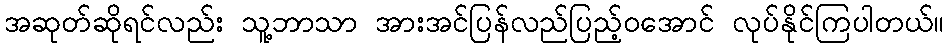
အဆုတ်ဆိုရင်လည်း သူ့ဘာသာ အားအင်ပြန်လည်ပြည့်ဝအောင် လုပ်နိုင်ကြပါတယ်။